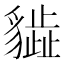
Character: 𧴎